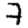
Digit: 7